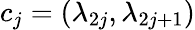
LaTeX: c_{j}=(\lambda_{2j},\lambda_{2j+1})